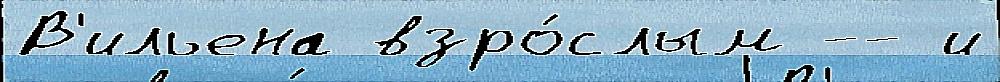
В'ильена взро́слым -- и